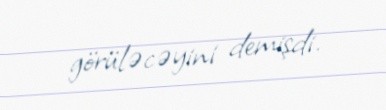
görüləcəyini demişdi.